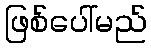
ဖြစ်ပေါ်မည်